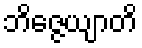
ဘိဇ္ဇေယျာတိ